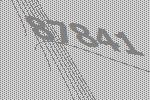
87841